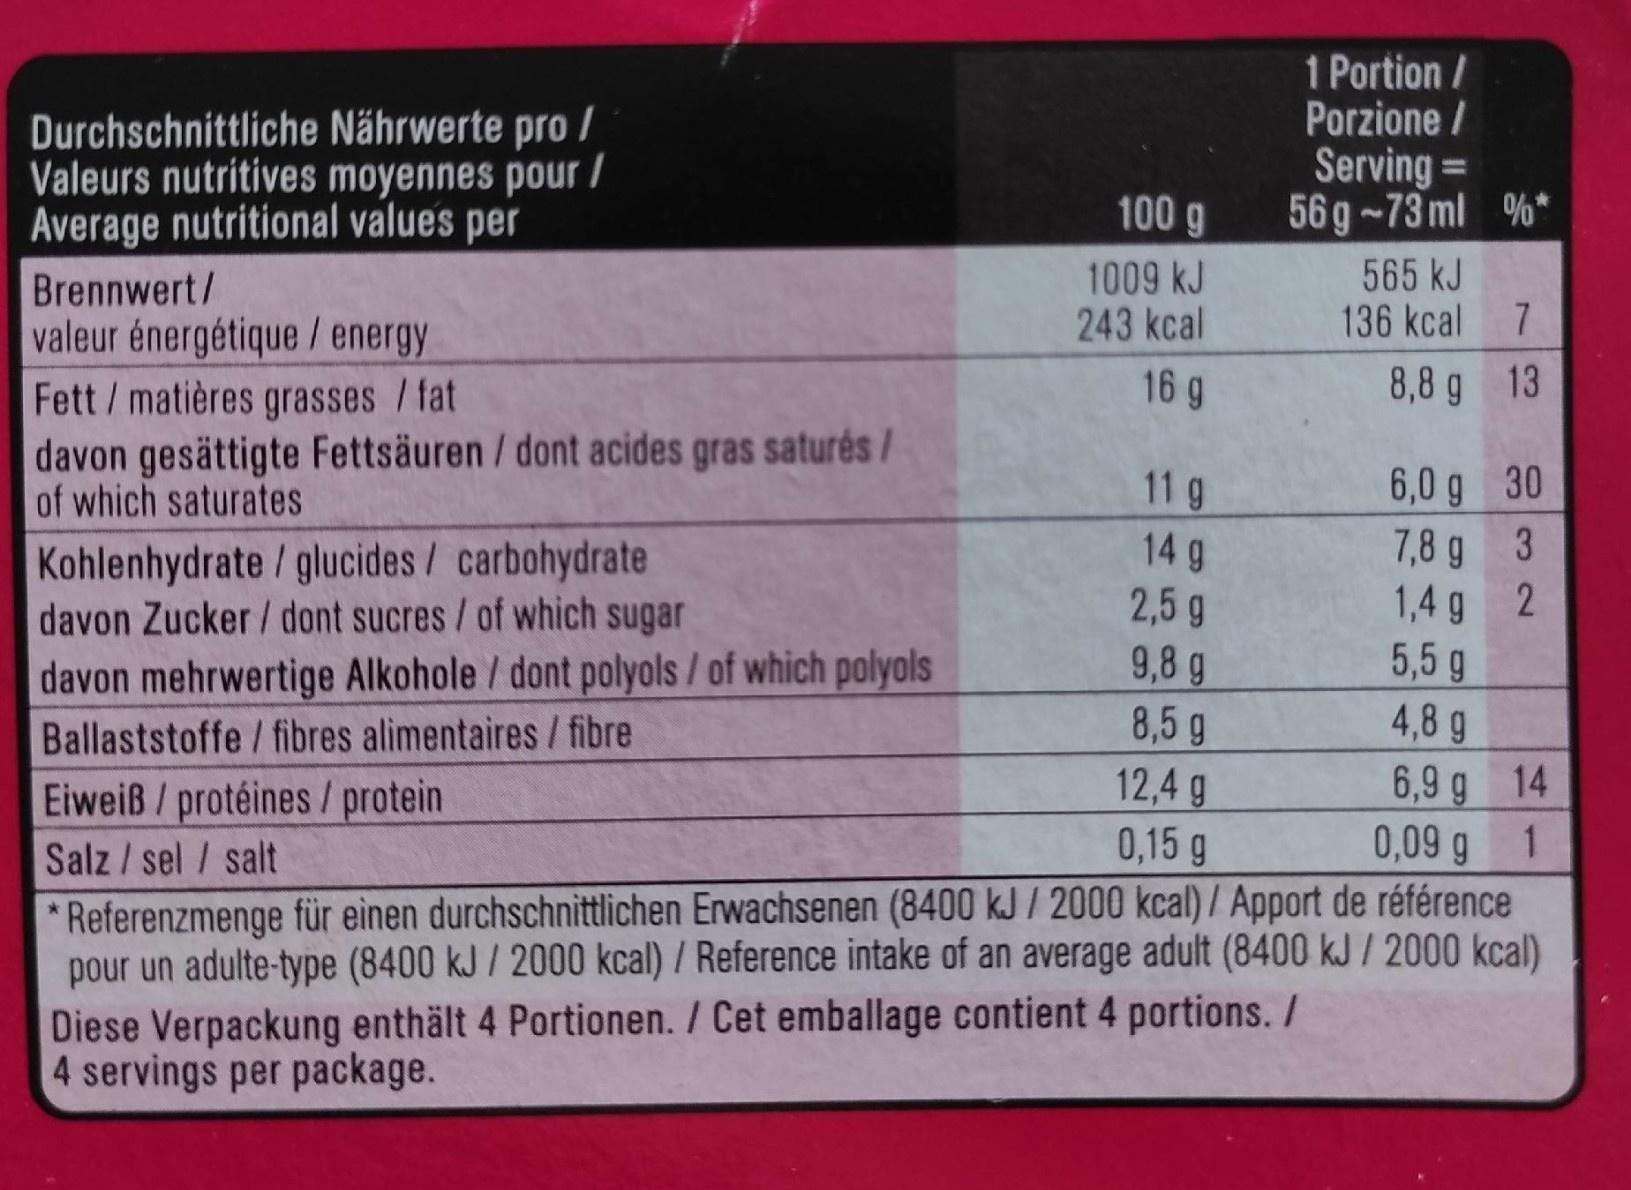
1 Portion / Porzione / Serving = 56g -73 ml %*
Durchschnittliche Nährwerte pro / Valeurs nutritives moyennes pour / Average nutritional values per Brennwert/ valeur énergétique / energy Fett/matières grasses /fat davon gesättigte Fettsäuren / dont acides gras saturés/ of which saturates
100g
1009 kJ 243 kcal
565 kJ 136 kcal
16 g
8,8 g 13
6,0 g 30 7,8 g 3 1,4 g 2 5,5 g 4,8 g 6,9 g 14 0,09 g 1
Kohlenhydrate / glucides/ carbohydrate davon Zucker / dont sucres/of which sugar davon mehrwertige Alkohole / dont polyols/ of which polyols
11 g 14 g 2,5 g
9,8 g 8,5 g 12,4 g 0,15 g
Ballaststoffe / fibres alimentaires/ fibre
Eiweiß/ protéines/ protein Salz / sel / salt
* Referenzmenge für einen durchschnittlichen Erwachsenen (8400 kJ / 2000 kcal) / Apport de référence pour un adulte-type (8400 kJ / 2000 kcal) / Reference intake of an average adult (8400 kJ / 2000 kcal) Diese Verpackung enthält 4 Portionen. / Cet emballage contient 4 portions. / 4 servings per package.